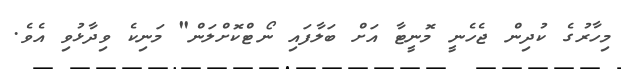
މިހާރުގެ ކުދިން ޖެހެނީ މޮނީޓާ އަށް ބަލާފައި ނޯޓްކޮށްލަން" މަނިކެ ވިދާޅުވި އެވެ.